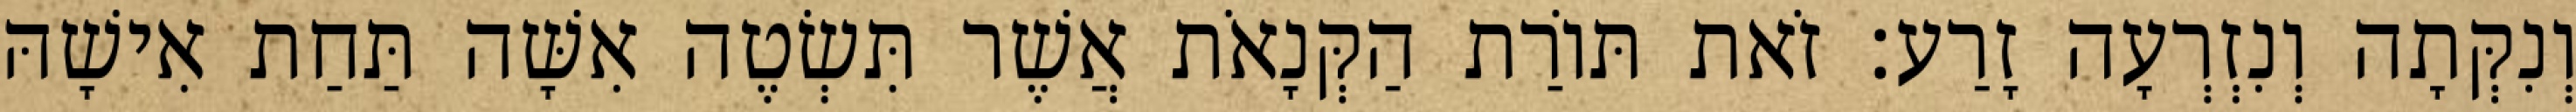
וְנִקְּתָה וְנִזְרְעָה זָרַע׃ זֹאת תּוֹרַת הַקְּנָאֹת אֲשֶׁר תִּשְׂטֶה אִשָּׁה תַּחַת אִישָׁהּ